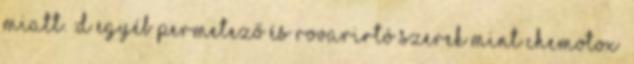
miatt. :D Egyéb permetező és rovarirtó szerek mint Chemotox